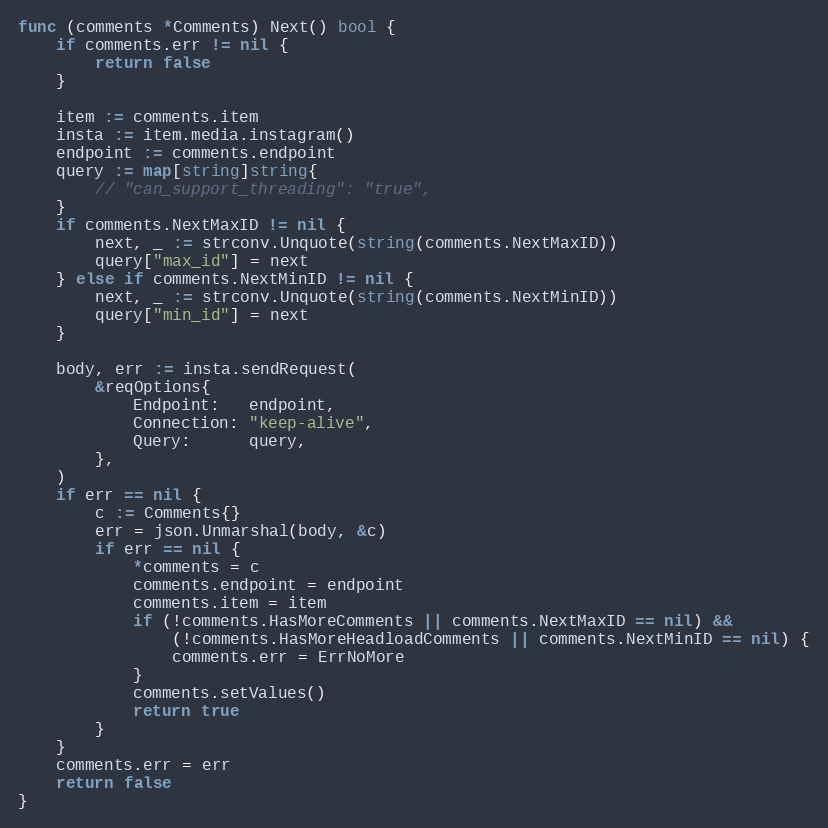
Language: Go
func (comments *Comments) Next() bool {
	if comments.err != nil {
		return false
	}

	item := comments.item
	insta := item.media.instagram()
	endpoint := comments.endpoint
	query := map[string]string{
		// "can_support_threading": "true",
	}
	if comments.NextMaxID != nil {
		next, _ := strconv.Unquote(string(comments.NextMaxID))
		query["max_id"] = next
	} else if comments.NextMinID != nil {
		next, _ := strconv.Unquote(string(comments.NextMinID))
		query["min_id"] = next
	}

	body, err := insta.sendRequest(
		&reqOptions{
			Endpoint:   endpoint,
			Connection: "keep-alive",
			Query:      query,
		},
	)
	if err == nil {
		c := Comments{}
		err = json.Unmarshal(body, &c)
		if err == nil {
			*comments = c
			comments.endpoint = endpoint
			comments.item = item
			if (!comments.HasMoreComments || comments.NextMaxID == nil) &&
				(!comments.HasMoreHeadloadComments || comments.NextMinID == nil) {
				comments.err = ErrNoMore
			}
			comments.setValues()
			return true
		}
	}
	comments.err = err
	return false
}